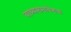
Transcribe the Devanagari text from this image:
वाच्यसमावेशक